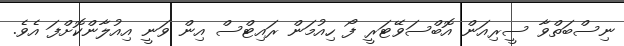
ނިސްބަތްވާ ސީރިއަން އޮބްސަވޭޓަރީ ފޯ ހިއުމަން ރައިޓްސް އިން ވަނީ އިއުލާންކޮށްފަ އެވެ.